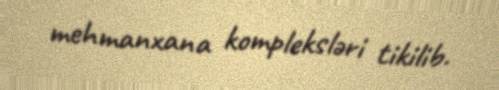
mehmanxana kompleksləri tikilib.